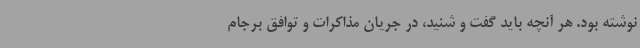
نوشته بود. هر آنچه باید گفت و شنید، در جریان مذاکرات و توافق برجام